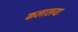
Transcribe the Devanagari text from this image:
कलालया